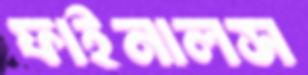
ফাইনালস